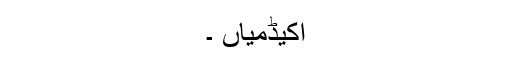
اکیڈمیاں ۔